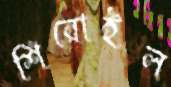
শিরোইল